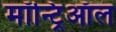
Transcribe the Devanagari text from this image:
मॉन्ट्रिऑल